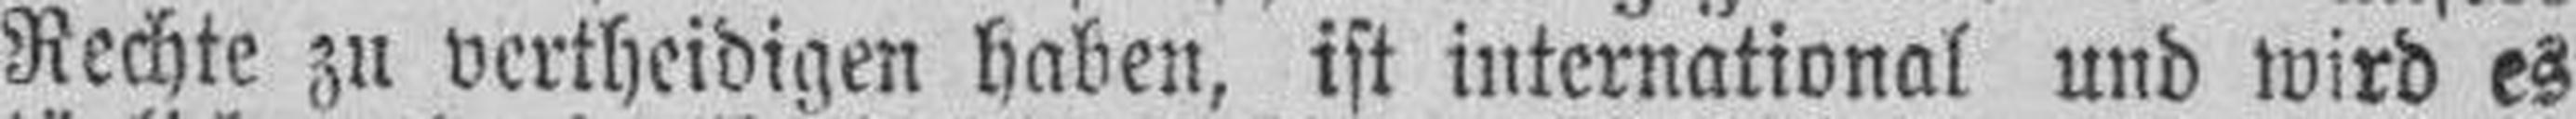
Rechte zu vertheidigen haben, ist international und wird es